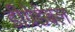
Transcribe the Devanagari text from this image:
डीग्रेडेबल